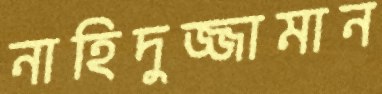
নাহিদুজ্জামান